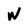
Character: W